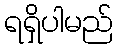
ရရှိပါမည်